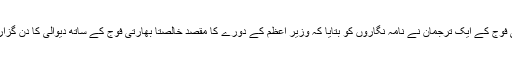
بھارتی فوج کے ایک ترجمان نے نامہ نگاروں کو بتایا کہ وزیر اعظم کے دورے کا مقصد خالصتاً بھارتی فوج کے ساتھ دیوالی کا دن گزارنا تھا۔